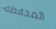
المحفظة